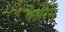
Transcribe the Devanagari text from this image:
येअरेस